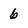
Character: 6